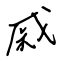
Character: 戚